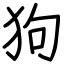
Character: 狗